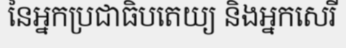
នៃអ្នកប្រជាធិបតេយ្យ និងអ្នកសេរី